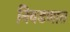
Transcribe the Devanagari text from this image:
निवडणात